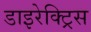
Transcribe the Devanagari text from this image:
डाइरेक्ट्रिस